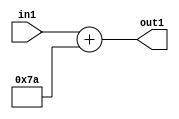
`timescale 1ps / 1ps
/*****************************************************************************
    Verilog RTL Description
    
    
    Created by: Stratus DpOpt 2019.1.01 
*******************************************************************************/

module DC_Filter_Add_12U_237_1 (
	in1,
	out1
	); /* architecture "behavioural" */ 
input [11:0] in1;
output [11:0] out1;
wire [11:0] asc001;

assign asc001 = 
	+(in1)
	+(12'B000001111010);

assign out1 = asc001;
endmodule

/* CADENCE  urnxTQ4= : u9/ySgnWtBlWxVPRXgAZ4Og= ** DO NOT EDIT THIS LINE ******/